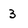
Character: 3